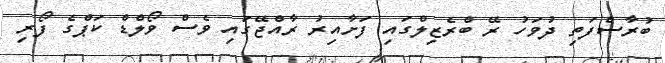
ބުރާސްފަތި ދުވަހު ރޭ ބްރެޒިލްގައި ފަށާއިރު ރާއްޖޭގައި ވެސް ވޯލްޑް ކަޕްގެ ފޯރި